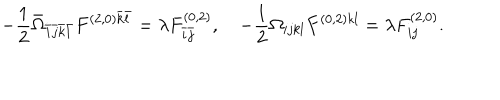
- \frac { 1 } { 2 } \bar { \Omega } _ { \bar { i } \bar { j } \bar { k } \bar { l } } F ^ { ( 2 , 0 ) \bar { k } \bar { l } } = \lambda F _ { \bar { i } \bar { j } } ^ { ( 0 , 2 ) } , \quad - \frac { 1 } { 2 } \Omega _ { i j k l } F ^ { ( 0 , 2 ) k l } = \lambda F _ { i j } ^ { ( 2 , 0 ) } .